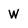
Character: W